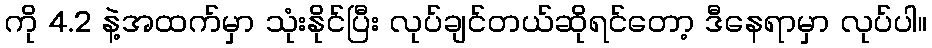
ကို 4.2 နဲ့အထက်မှာ သုံးနိုင်ပြီး လုပ်ချင်တယ်ဆိုရင်တော့ ဒီနေရာမှာ လုပ်ပါ။